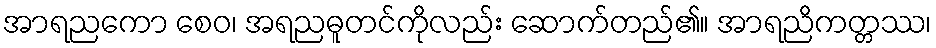
အာရညကော စေဝ၊ အရညဓူတင်ကိုလည်း ဆောက်တည်၏။ အာရညိကတ္တဿ၊